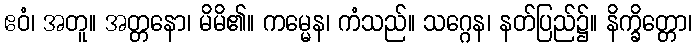
ဧဝံ၊ အတူ။ အတ္တနော၊ မိမိ၏။ ကမ္မေန၊ ကံသည်။ သဂ္ဂေန၊ နတ်ပြည်၌။ နိက္ခိတ္တော၊